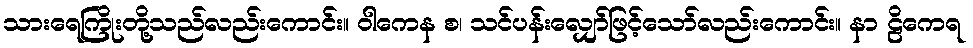
သားရေကြိုးတို့သည်လည်းကောင်း။ ဝါကေန စ၊ သင်ပန်းလျှော်ဖြင့်သော်လည်းကောင်း။ နာ ဠိကေရ